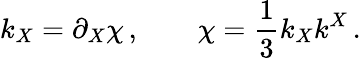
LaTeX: k_{X}=\partial_{X}\chi\, ,\qquad\chi=\frac 13k_{X}k^{X}\, .